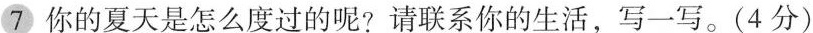
7你的夏天是怎么度过的呢?请联系你的生活，写一写。(4 分)